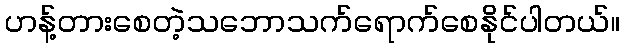
ဟန့်တားစေတဲ့သဘောသက်ရောက်စေနိုင်ပါတယ်။